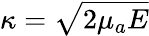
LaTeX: \kappa=\sqrt{2\mu_{a}E}